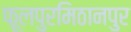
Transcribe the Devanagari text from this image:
फूलपुरमिठानपुर